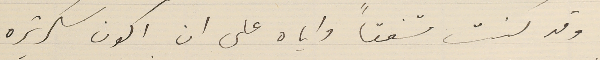
وقد كنت متفقاً واياه على ان اكون سكرتيره